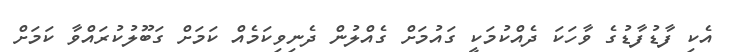
އެކި ފާޑުފާޑުގެ ވާހަކަ ދެއްކުމަކީ ގައުމަށް ގެއްލުން ދެނިވިކަމެއް ކަމަށް ގަބޫލުކުރައްވާ ކަމަށް